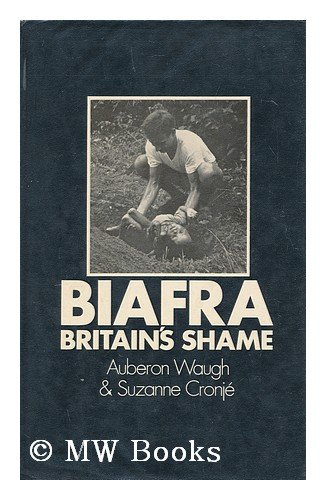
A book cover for Biafra: Britain's shame; Auberon Waugh; History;